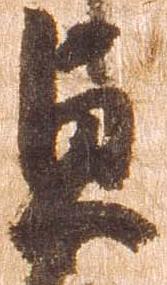
貞